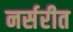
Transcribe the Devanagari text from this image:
नर्सरीत